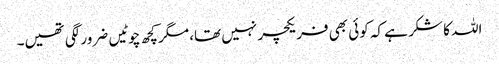
اللہ کا شکر ہے کہ کوئی بھی فریکچر نہیں تھا، مگر کچھ چوٹیں ضرور لگی تھیں۔